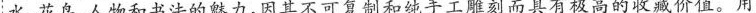
水、花鸟、人物和书法的魅力，因其不可复制和纯手工雕刻而具有极高的收藏价值。用